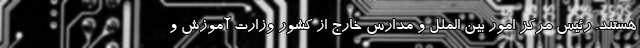
هستند. رئیس مرکز امور بین الملل و مدارس خارج از کشور وزارت آموزش و